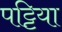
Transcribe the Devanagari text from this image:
पट्टिया